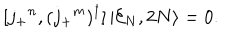
[ j _ { + } { } ^ { n } , ( j _ { + } { } ^ { m } ) ^ { \dagger } ] \left| { \cal E } _ { N } , 2 N \right\rangle = 0 .